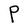
Character: P